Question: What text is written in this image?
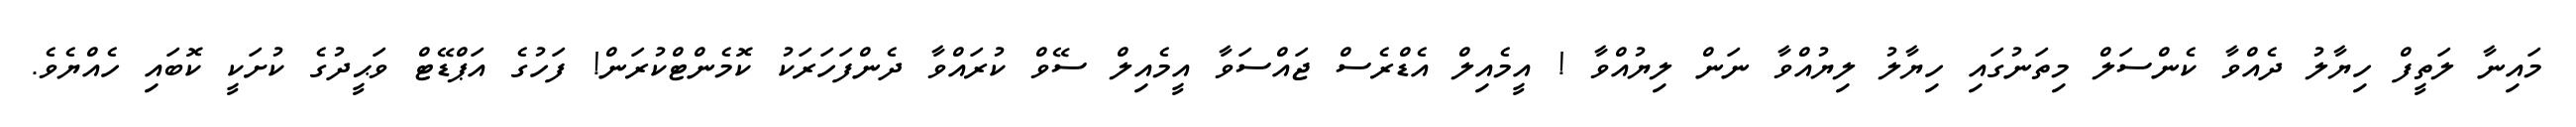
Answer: މައިނާ ލަތީފް ހިޔާލު ދެއްވާ ކެންސަލް މިތަނުގައި ހިޔާލު ލިޔުއްވާ ނަން ލިޔުއްވާ ! އީމެއިލް އެޑްރެސް ޖައްސަވާ އީމެއިލް ސޭވް ކުރައްވާ ދެންފަހަރަކު ކޮމެންޓްކުރަން! ފަހުގެ އަޕްޑޭޓް ވަޙީދުގެ ކުށަކީ ކޮބައި ހެއްޔެވެ.